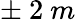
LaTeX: \pm~2~m